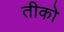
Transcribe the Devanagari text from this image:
तीको